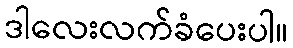
ဒါလေးလက်ခံပေးပါ။